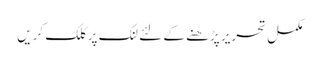
مکمل تحریر پڑھنے کے لئے لنک پر کلک کریں